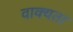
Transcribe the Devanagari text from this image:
वाक्यता